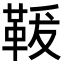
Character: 𩊤